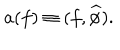
a ( f ) \equiv ( f , \widehat \phi ) .